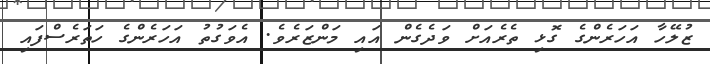
ޒުލޭހާ އަހަރެންގެ ގޮޅި ތެރެއަށް ވަދެގެން އައި މަންޒަރެވެ. އެވަގުތު އަހަރެންގެ ހަތަރެސްފައި